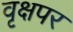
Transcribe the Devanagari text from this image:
वृक्षपर